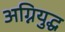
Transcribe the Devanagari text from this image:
अग्नियुद्ध